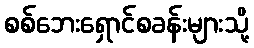
စစ်ဘေးရှောင်စခန်းများသို့